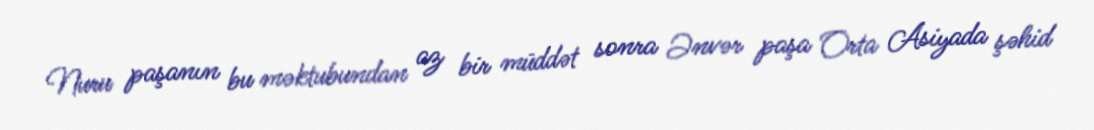
Nuru paşanın bu məktubundan az bir müddət sonra Ənvər paşa Orta Asiyada şəhid